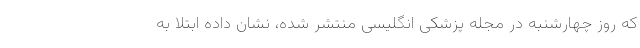
که روز چهارشنبه در مجله پزشکی انگلیسی منتشر شده، نشان داده ابتلا به